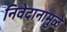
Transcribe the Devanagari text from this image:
निवेदानामुळे